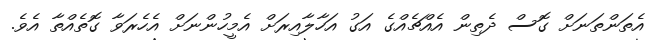
އެތަންތަނަށް ގޮސް ދެތިން އެއްޗެއްގެ އަގު އަހާލާއިރަށް އެމީހުންނަށް އެހެރަވާ ގޮތެއްތާ އެވެ.